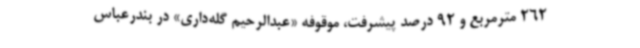
262 مترمربع و 92 درصد پیشرفت، موقوفه «عبدالرحیم گله‌داری» در بندرعباس